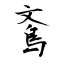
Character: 鴍